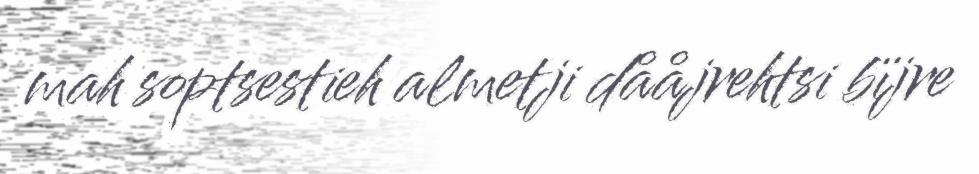
mah soptsestieh almetji dååjrehtsi bïjre